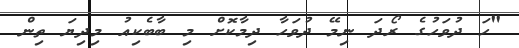
"ހަ ދުވަހުގެ ރޯދަ ނިމޭ ދުވަހާ ދިމާކޮށް މި ބާބެކިއު މިދިޔަ ތިން